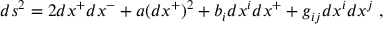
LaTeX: d s ^ { 2 } = 2 d x ^ { + } d x ^ { - } + a ( d x ^ { + } ) ^ { 2 } + b _ { i } d x ^ { i } d x ^ { + } + g _ { i j } d x ^ { i } d x ^ { j } ~ ,